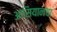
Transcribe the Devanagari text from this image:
आसियानचा